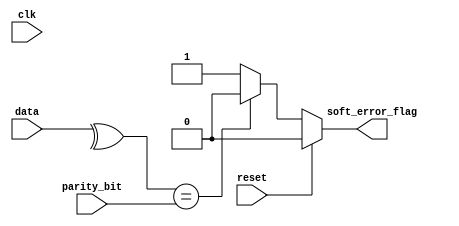
module soft_error_detection #(parameter data_size = 32) (
    input clk,
    input reset,
    input[data_size-1:0] data,
    input parity_bit,
    output reg soft_error_flag
    );
    
    // Calculate the parity of the input data (even parity) by using reduction XOR operation
    wire calculated_parity = ^data;
    
    // Check if the calulcated parity matches the recevied parity bit
    always @(*) begin
        if (reset) begin
            soft_error_flag <= 1'b0;
        end else begin    
            if (calculated_parity == parity_bit) begin
                // No soft error detected
                soft_error_flag <= 1'b0;
            end else begin
                // Soft error detected
                soft_error_flag <= 1'b1;
            end
        end   
    end
endmodule